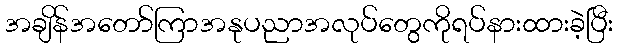
အချိန်အတော်ကြာအနုပညာအလုပ်တွေကိုရပ်နားထားခဲ့ပြီး